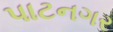
પાટનગર